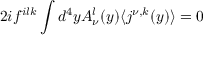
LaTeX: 2 i f ^ { i l k } \int d ^ { 4 } y A _ { \nu } ^ { l } ( y ) \langle j ^ { \nu , k } ( y ) \rangle = 0